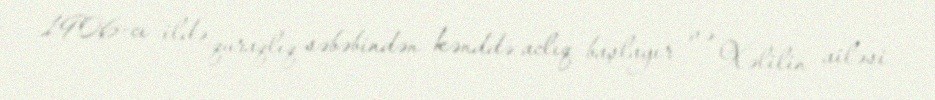
1906-cı ildə quraqlıq səbəbindən kənddə aclıq başlayır və Xəlilin ailəsi